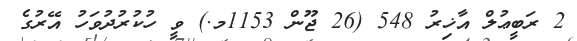
2 ރަބީޢުލް އާޚިރު 548 (26 ޖޫން 1153މ.) ވީ ހުކުރުދުވަހު އޭރުގެ